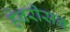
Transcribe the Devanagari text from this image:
हेनरीसन